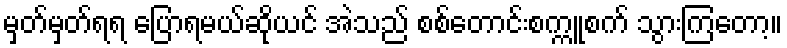
မှတ်မှတ်ရရ ပြောရမယ်ဆိုယင် အဲသည် စစ်တောင်းစက္ကူစက် သွားကြတော့။